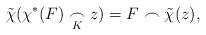
LaTeX: \begin{align*} \tilde{\chi} (\chi^{\ast}(F) \underset{K}{\frown} z) = F \frown \tilde{\chi}(z),\end{align*}